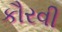
કૌરવી